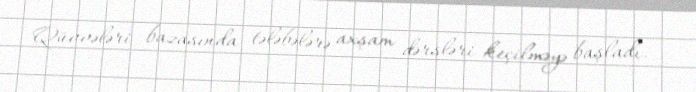
Qüvvələri bazasında tələbələrə axşam dərsləri keçilməyə başladı.